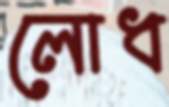
লোধ